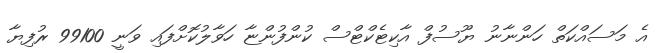
އެ މަސައްކަތް ހަންނާނު ޔޫސުފް އާކިޓެކްޓްސް ކުންފުންޏާ ހަވާލުކޮށްފައި ވަނީ 99100 ރުފިޔާ